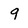
Character: 9